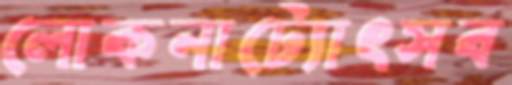
লোকনাট্যোৎসব